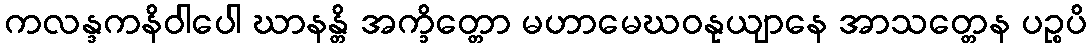
ကလန္ဒကနိဝါပေါ ဃာနန္တိ အက္ခိတ္တော မဟာမေဃဝနုယျာနေ အာသတ္တေန ပဉ္စပိ